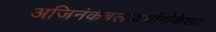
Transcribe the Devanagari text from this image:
अजिनंकंबलादर्भागोकेशाः